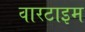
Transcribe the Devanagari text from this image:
वारटाइम